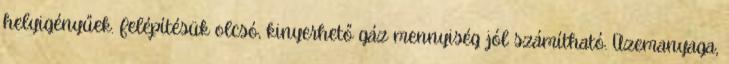
helyigényűek. Felépítésük olcsó, kinyerhető gáz mennyiség jól számítható. Üzemanyaga,